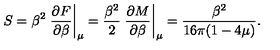
S = \beta ^ { 2 } \left. { \frac { \partial F } { \partial \beta } } \right| _ { \mu } = { \frac { \beta ^ { 2 } } { 2 } } \left. { \frac { \partial M } { \partial \beta } } \right| _ { \mu } = { \frac { \beta ^ { 2 } } { 1 6 \pi ( 1 - 4 \mu ) } } .